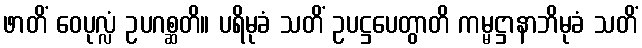
ဖာတိံ ဝေပုလ္လံ ဥပဂစ္ဆတိ။ ပရိမုခံ သတိံ ဥပဋ္ဌပေတွာတိ ကမ္မဋ္ဌာနာဘိမုခံ သတိံ